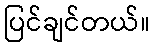
ပြင်ချင်တယ်။